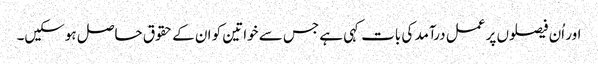
اور اُن فیصلوں پر عمل درآمد کی بات کہی ہے جس سے خواتین کو ان کے حقوق حاصل ہوسکیں۔